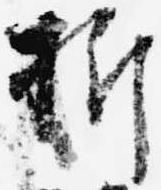
折